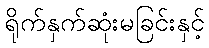
ရိုက်နှက်ဆုံးမခြင်းနှင့်